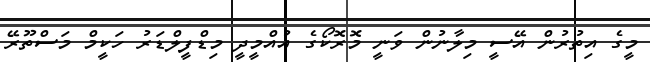
މީގެ އިތުރުން އޭސީ މިލާނުން ވަނީ މޮރޮކޯގެ އުއްމީދީ މިޑްފީލްޑަރު ހަކީމް މަސްތޫރޭ